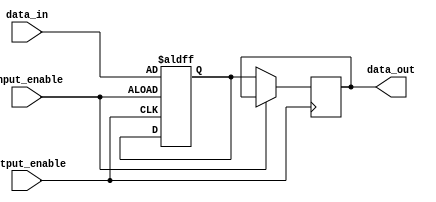
module IO_blocks_compensated_bidirectional_buffer (
    input wire data_in,
    output wire data_out,
    input wire input_enable,
    input wire output_enable
);

reg internal_data;

always @ (posedge input_enable or posedge output_enable)
begin
    if (input_enable)
        internal_data <= data_in;
    else if (output_enable)
        data_out <= internal_data;
end

endmodule